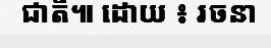
ជាតិ៕ ដោយ ៖ រចនា